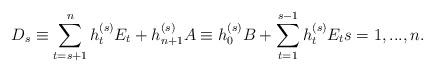
LaTeX: \begin{align*}D_s \equiv \sum_{t=s+1}^nh^{(s)}_t E_t +h^{(s)}_{n+1}A\equiv h^{(s)}_0 B + \sum_{t=1}^{s-1}h^{(s)}_tE_t s=1,...,n. \end{align*}